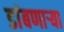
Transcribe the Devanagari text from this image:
डांबणार्‍या